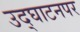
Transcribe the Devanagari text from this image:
उद्‌घाटनपर